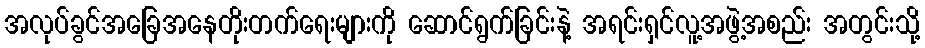
အလုပ်ခွင်အခြေအနေတိုးတက်ရေးများကို ဆောင်ရွက်ခြင်းနဲ့ အရင်းရှင်လူ့အဖွဲ့အစည်း အတွင်းသို့